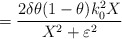
\begin{align*}=\frac{2\delta \theta (1-\theta )k_{0}^{2}X}{X^{2}+\varepsilon ^{2}}\end{align*}